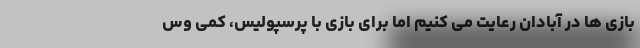
بازی ها در آبادان رعایت می کنیم اما برای بازی با پرسپولیس، کمی وس